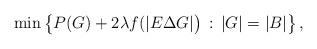
LaTeX: \begin{align*}\min\left\{P(G) + 2\lambda f( |E\Delta G|\big)\,:\,|G|=|B| \right\},\end{align*}